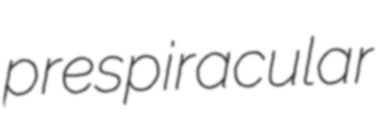
prespiracular